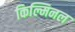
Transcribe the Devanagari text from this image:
किल्मिनल